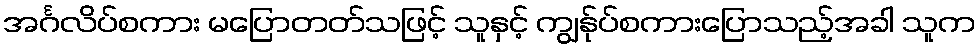
အင်္ဂလိပ်စကား မပြောတတ်သဖြင့် သူနှင့် ကျွန်ုပ်စကားပြောသည့်အခါ သူက